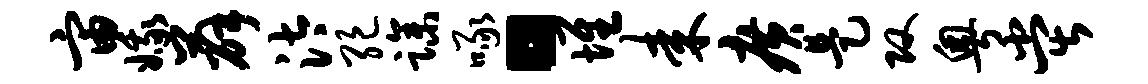
宙娥薛汰绝躁啄。堆耒广是攻粤堂